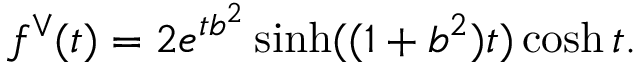
f ^ { \vee } ( t ) = 2 e ^ { t b ^ { 2 } } \sinh ( ( 1 + b ^ { 2 } ) t ) \cosh t .